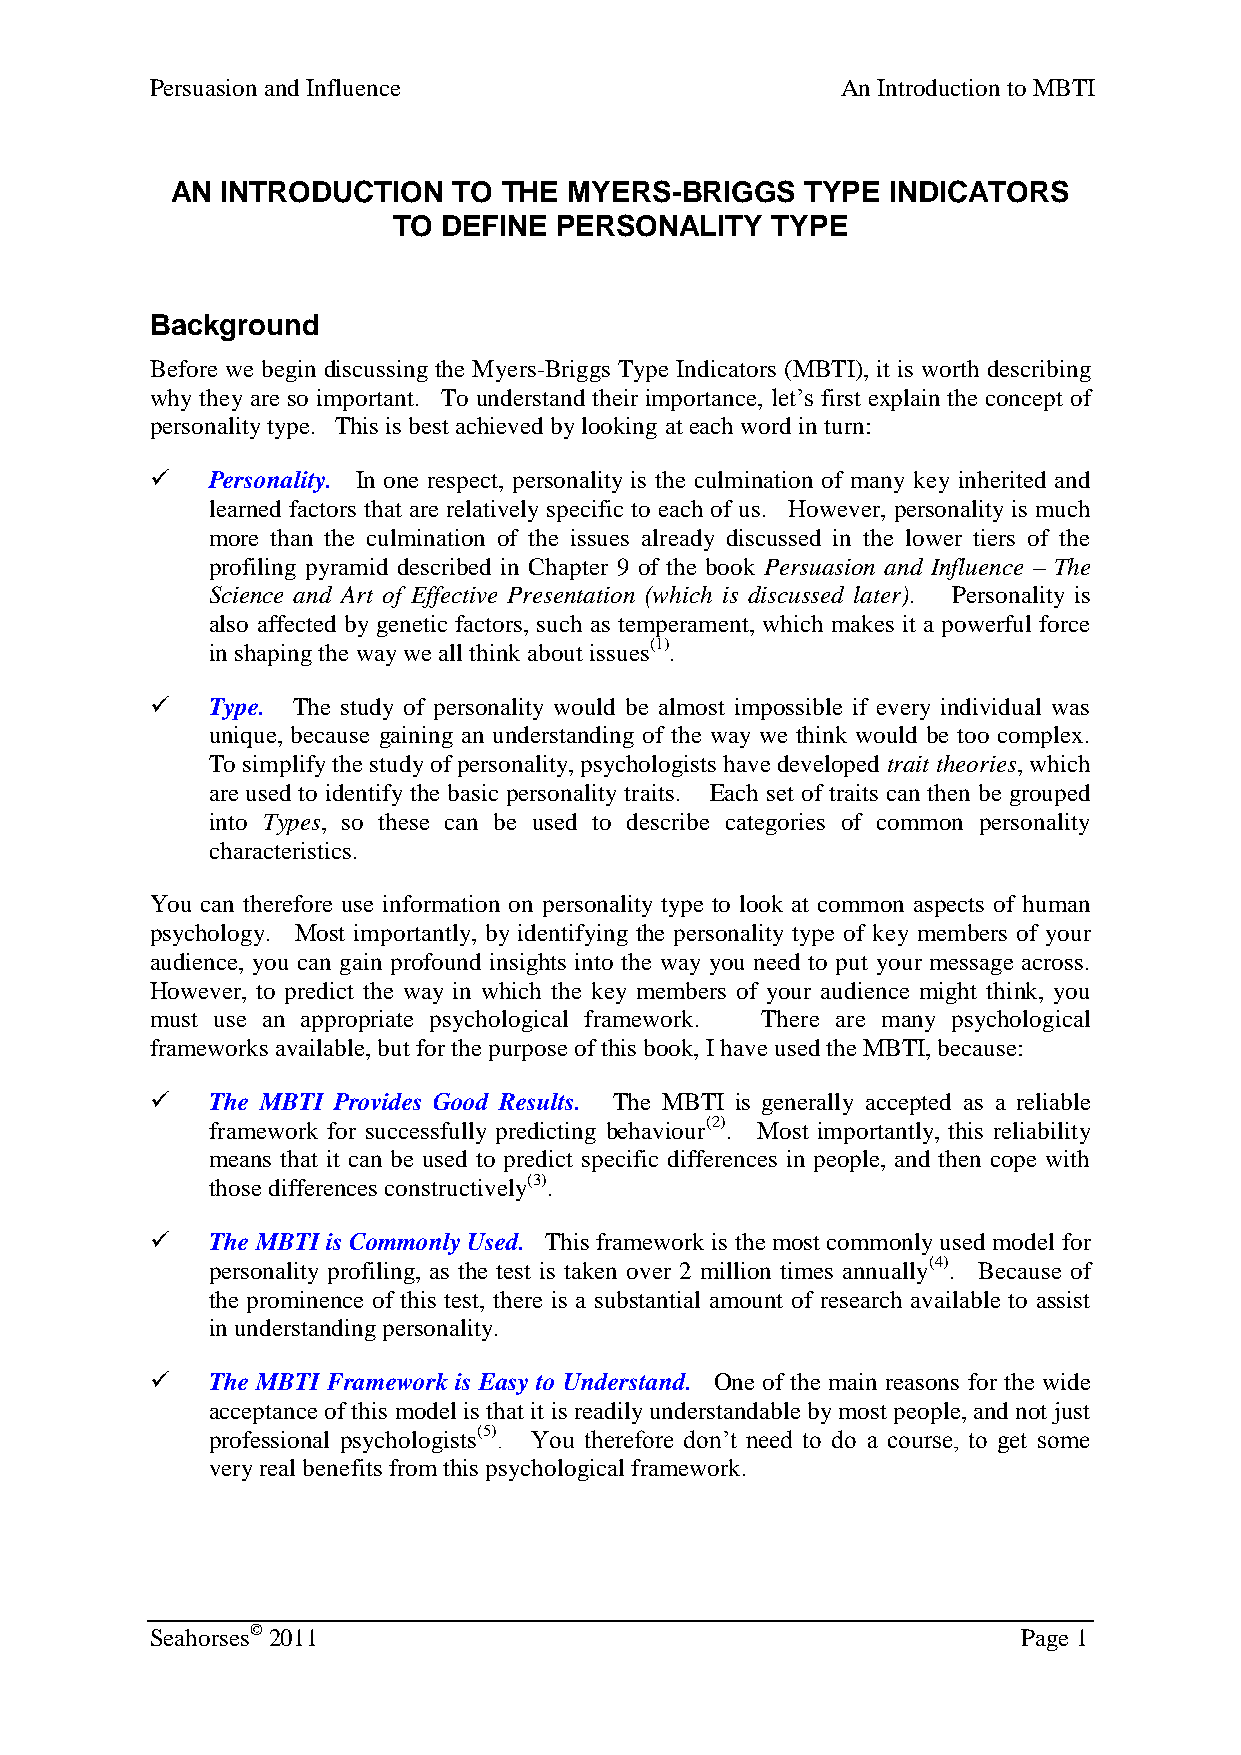
Persuasion and Influence                      An Introduction to MBTI
 AN  INTRODUCTION   TO THE  MYERS-BRIGGS   TYPE  INDICATORS
 TO DEFINE  PERSONALITY   TYPE
 Background
 Before we begin discussing the Myers-Briggs Type Indicators (MBTI), it is worth describing
 why they are so important. To understand their importance, let’s first explain the concept of
 personality type. This is best achieved by looking at each word in turn:
    Personality. In one respect, personality is the culmination of many key inherited and
 learned factors that are relatively specific to each of us. However, personality is much
 more than the culmination of the issues already discussed in the lower tiers of the
 profiling pyramid described in Chapter 9 of the book Persuasion and Influence – The
 Science and Art of Effective Presentation (which is discussed later). Personality is
 also affected by genetic factors, such as temperament, which makes it a powerful force
 in shaping the way we all think about issues(1).
    Type. The study of personality would be almost impossible if every individual was
 unique, because gaining an understanding of the way we think would be too complex.
 To simplify the study of personality, psychologists have developed trait theories, which
 are used to identify the basic personality traits. Each set of traits can then be grouped
 into Types, so these can be used to describe categories of common personality
 characteristics.
 You can therefore use information on personality type to look at common aspects of human
 psychology. Most importantly, by identifying the personality type of key members of your
 audience, you can gain profound insights into the way you need to put your message across.
 However, to predict the way in which the key members of your audience might think, you
 must use an appropriate psychological framework. There are many psychological
 frameworks available, but for the purpose of this book, I have used the MBTI, because:
    The MBTI Provides Good Results. The MBTI is generally accepted as a reliable
 framework for successfully predicting behaviour(2). Most importantly, this reliability
 means that it can be used to predict specific differences in people, and then cope with
 those differences constructively(3).
    The MBTI is Commonly Used. This framework is the most commonly used model for
 personality profiling, as the test is taken over 2 million times annually(4). Because of
 the prominence of this test, there is a substantial amount of research available to assist
 in understanding personality.
    The MBTI Framework is Easy to Understand. One of the main reasons for the wide
 acceptance of this model is that it is readily understandable by most people, and not just
 professional psychologists(5). You therefore don’t need to do a course, to get some
 very real benefits from this psychological framework.
 Seahorses© 2011                                           Page 1